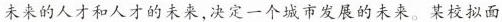
未来的人才和人才的未来，决定一个城市发展的未来。某校拟面